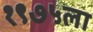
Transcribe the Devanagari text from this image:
१९७५ला